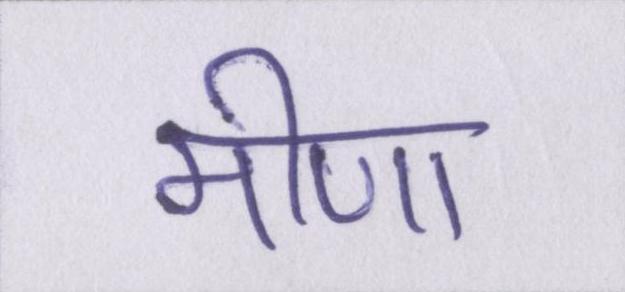
मीणा